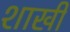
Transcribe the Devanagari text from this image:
शाखी